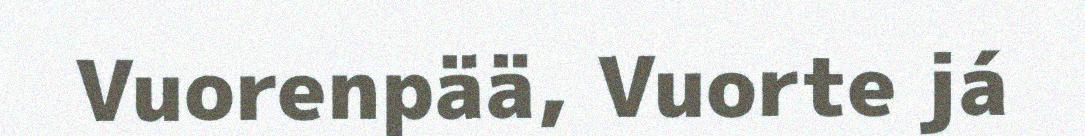
Vuorenpää, Vuorte já